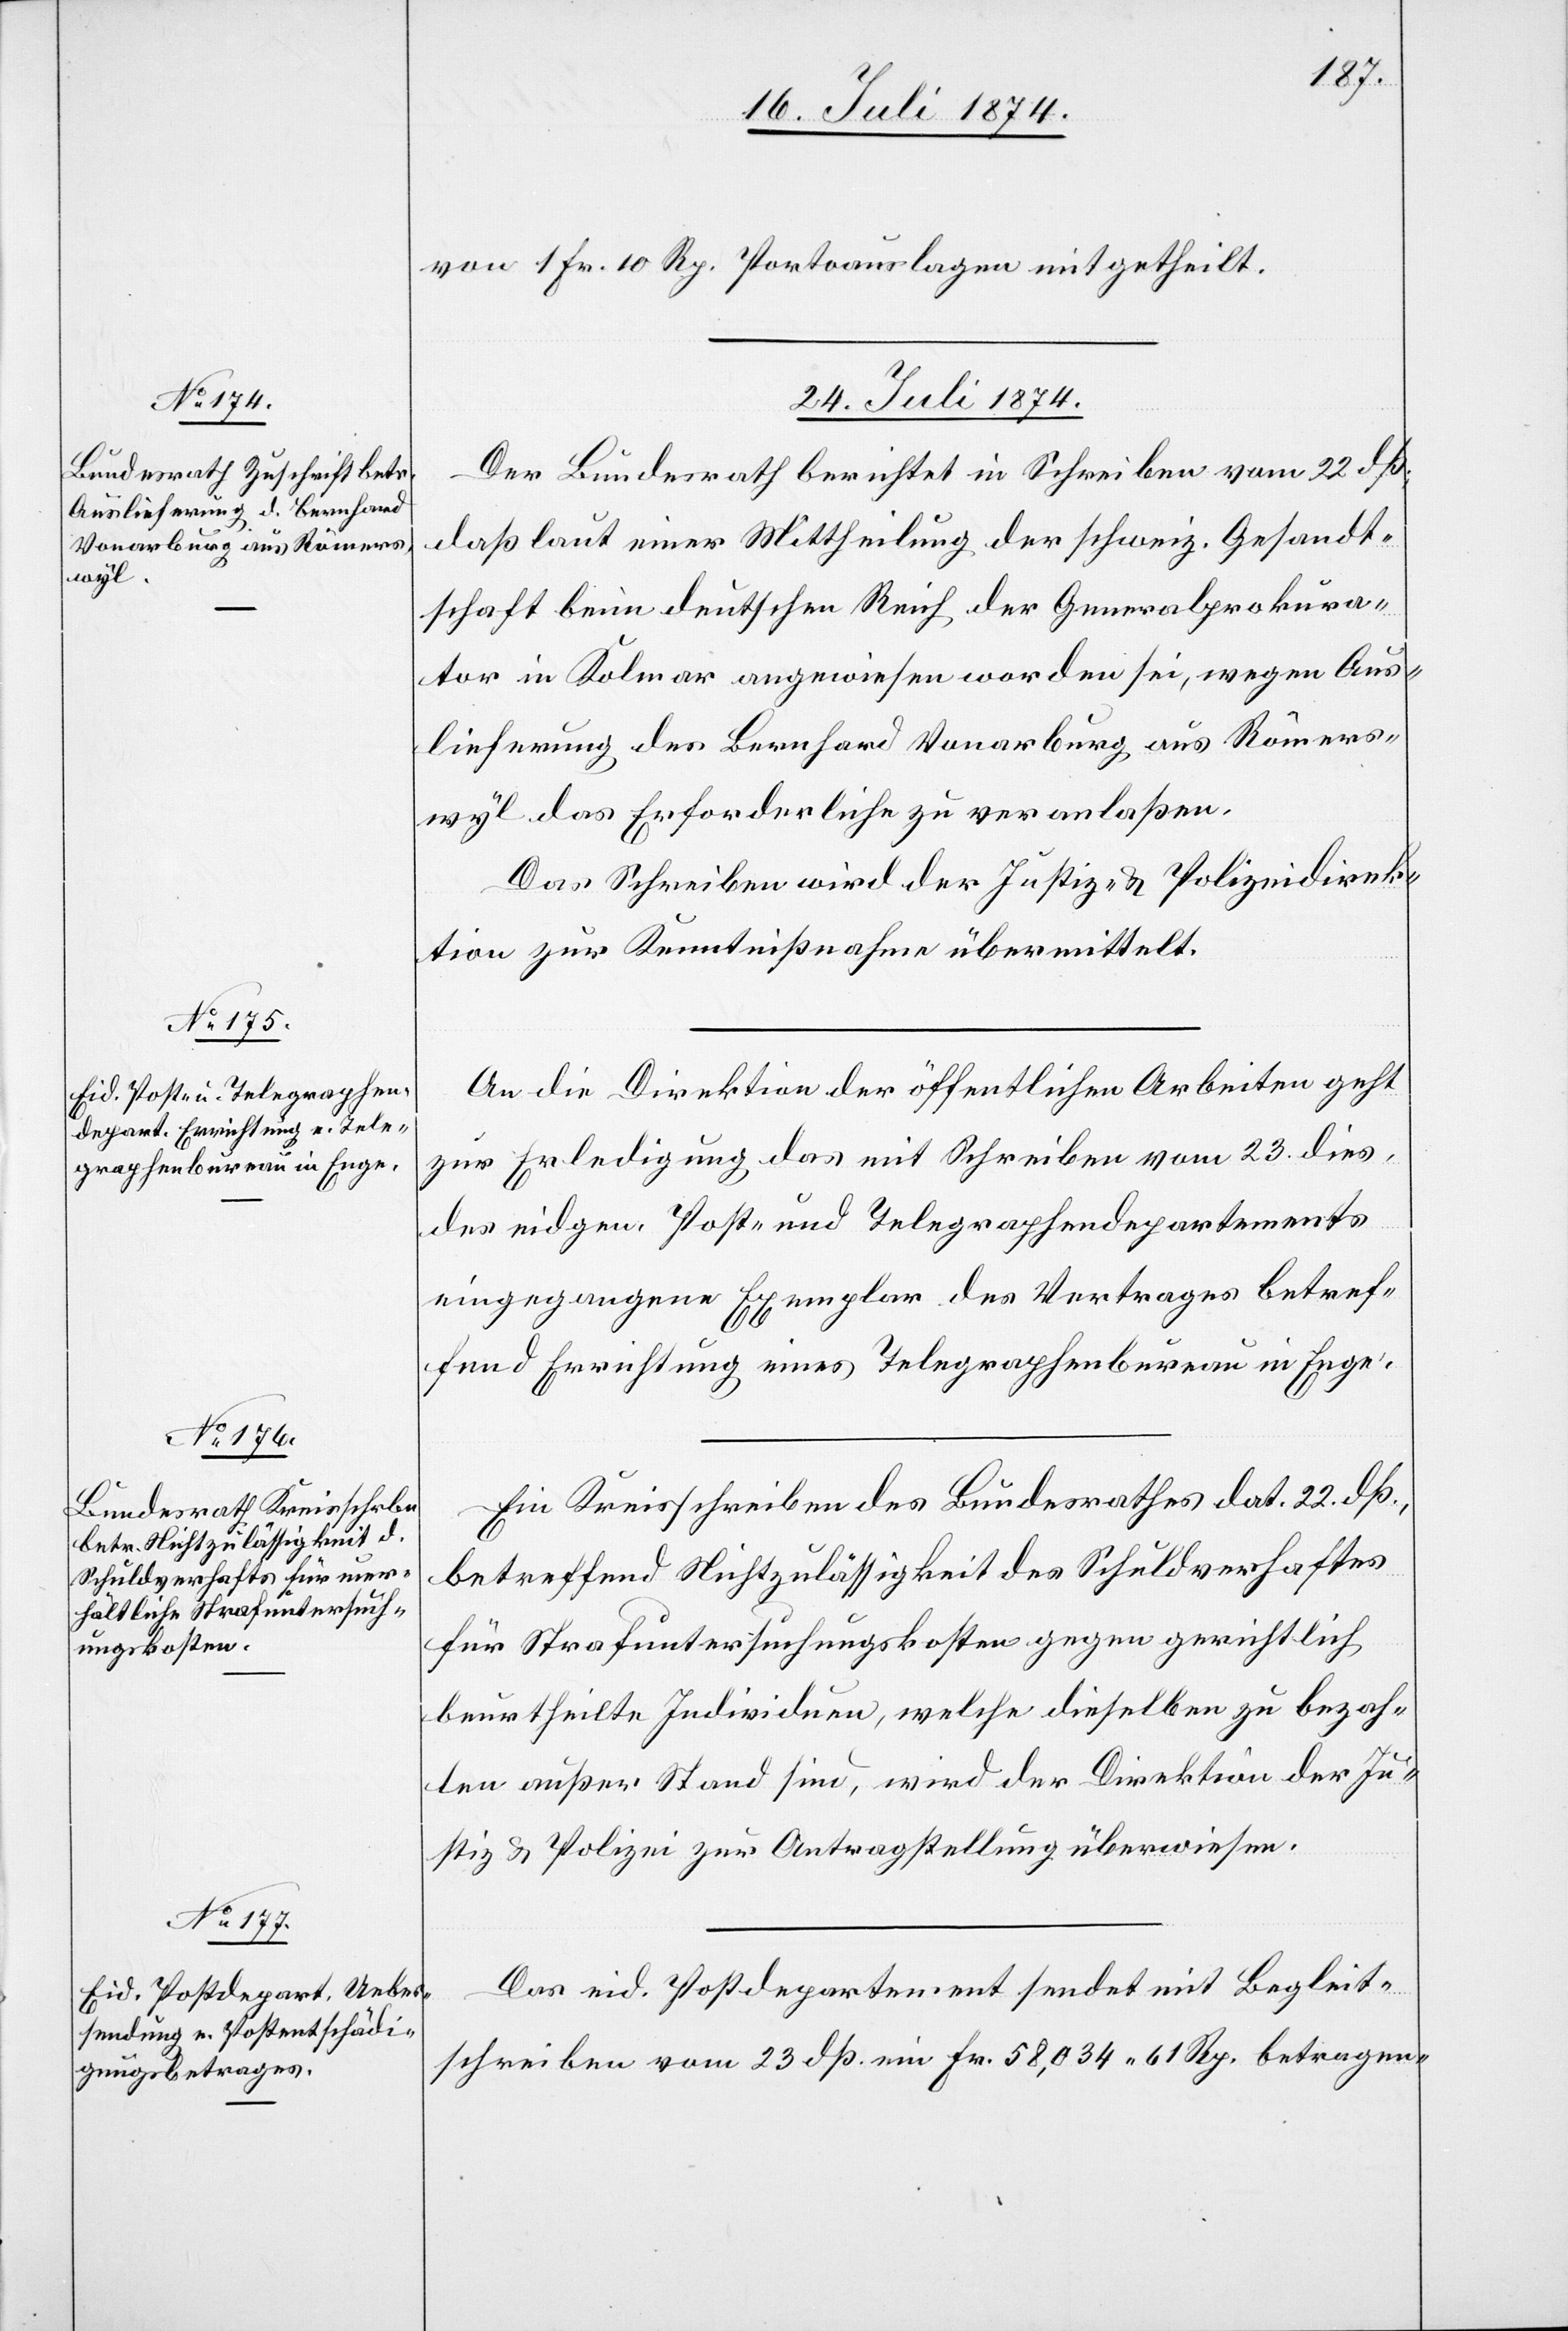
von 1 Fr. 10 Rp. Protoauslagen mitgetheilt.
24. Juli 1874.]
Der Bundesrath berichtet in Schreiben vom 22. dß;
daß laut einer Mittheilung der schweiz. Gesandt¬
schaft beim deutschen Reich der Generalprokura¬
tor in Kolmar angewiesen worden sei, wegen Aus¬
lieferung des Bernhard Vonarburg aus Römers¬
wyl das Erforderliche zu veranlaßen.
Das Schreiben wird der Justiz- u. Polizeidirek¬
tion zur Kentnnißnahme übermittelt.
An die Direktion der öffentlichen Arbeiten geht
zur Erledigung das mit Schreiben vom 23. dies
des eidgen. Post- und Telegraphendepartements
eingegangene Exemplar des Vertrages betref¬
fend Errichtung eines Telegraphenbureau in Enge.
Ein Kreisschreiben des Bundesrathes dat. 22. dß.,
betreffend Nichtzulässigkeit des Schuldverhaftes
für Strafuntersuchungskosten gegen gerichtlich
beurtheilte Individuen, welche dieselben zu bezah¬
len außer Stand sind, wird der Direktion der Ju¬
stiz u. Polizei zur Antragstellung überwiesen.
Das eid. Postdepartement sendet mit Begleit¬
schreiben vom 23. dß. ein Fr. 58,034.61 Rp. betragen-